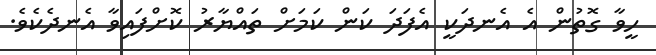
ހީވާ ގޮތުން އެ އެނދަކީ އެފަދަ ކަން ކަމަށް ތައްޔާރު ކޮށްފައިވާ އެނދެކެވެ.